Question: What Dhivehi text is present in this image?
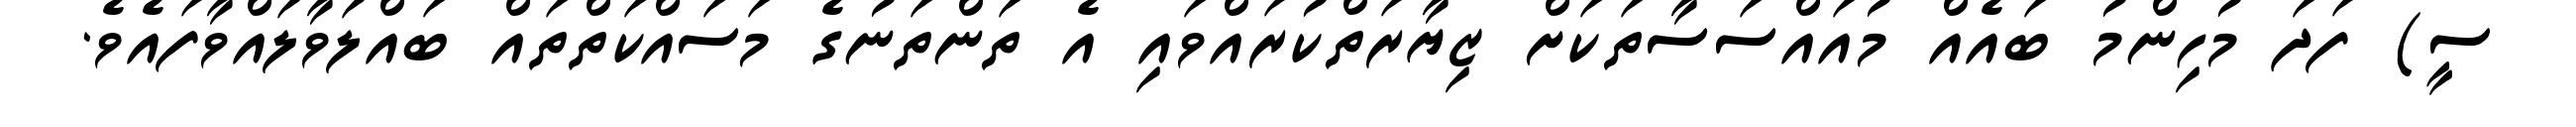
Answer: ސީ) ފަދަ މުހިންމު ބައެއް މުއައްސަސާތަކަށް ޒިޔާރަތްކުރައްވައި އެ ތަންތަނުގެ މަސައްކަތްތައް ބައްލަވާލައްވާފައެވެ.